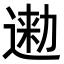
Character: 𨔤